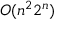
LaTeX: O ( n ^ { 2 } 2 ^ { n } )